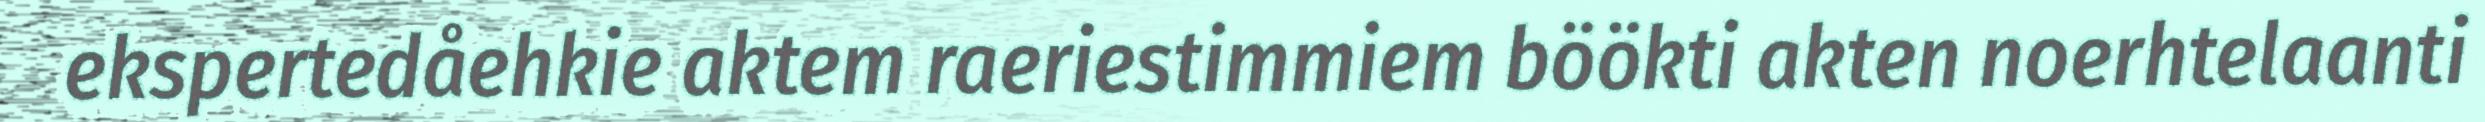
ekspertedåehkie aktem raeriestimmiem böökti akten noerhtelaanti